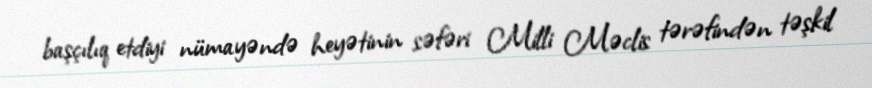
başçılıq etdiyi nümayəndə heyətinin səfəri Milli Məclis tərəfindən təşkil